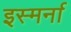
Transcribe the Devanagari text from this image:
इस्मर्ना